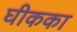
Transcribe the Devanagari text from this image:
घीकका